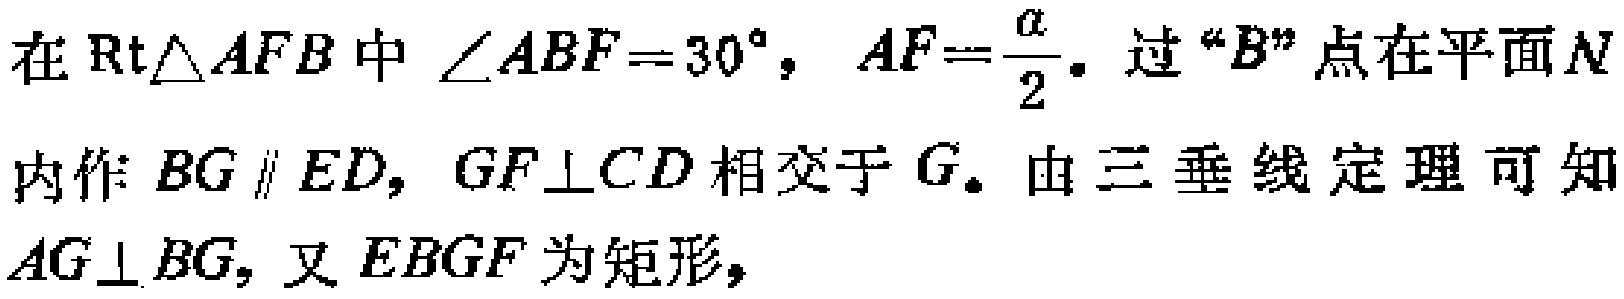
在$\mathrm{Rt}\triangle AFB$中$\angle ABF = 30^{\circ},AF=\frac{a}{2}$. 过“$B$”点在平面$N$内作$BG\parallel ED,GF\perp CD$相交于$G$. 由三垂线定理可知$AG\perp BG$, 又$EBGF$为矩形，